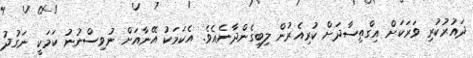
ދައުރުކުރި ވަރަކަށް އިގްތިސާދަށް ކުރިއެރުން ލިބިގެންދާނެއެވެ. އެކަމަކު އޭނާއަށް ނުވިސްނުނު ކަމަކީ ނަގުދު